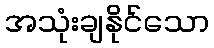
အသုံးချနိုင်သော